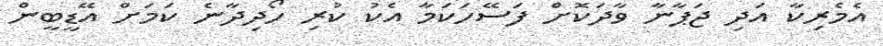
އެމެރިކާ އަދި ޖަޕާނާ ވާދަކޮށް ފަސޭހަކަމާ އެކު ކުރި ހޯދިދާނެ ކަމަށް އޭޑީބީން